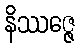
နိဿဇ္ဇေ